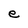
Character: e